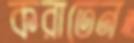
করাতেন